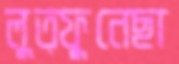
লুত্ফুনেছা